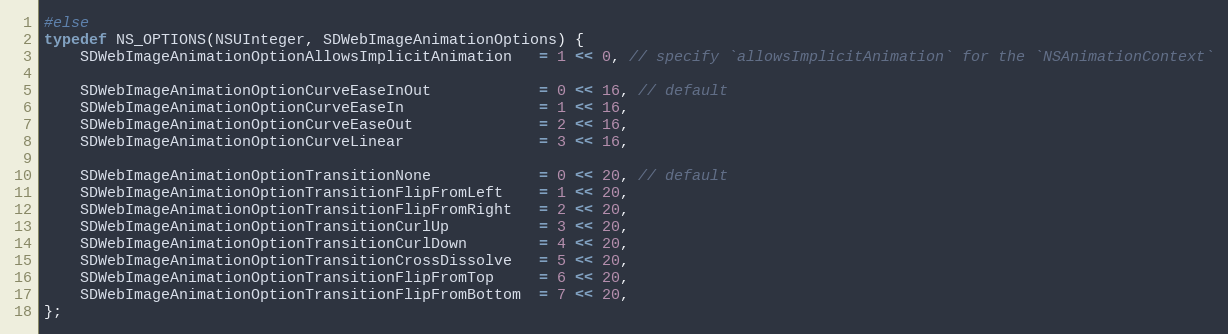
Language: C
#else
typedef NS_OPTIONS(NSUInteger, SDWebImageAnimationOptions) {
    SDWebImageAnimationOptionAllowsImplicitAnimation   = 1 << 0, // specify `allowsImplicitAnimation` for the `NSAnimationContext`

    SDWebImageAnimationOptionCurveEaseInOut            = 0 << 16, // default
    SDWebImageAnimationOptionCurveEaseIn               = 1 << 16,
    SDWebImageAnimationOptionCurveEaseOut              = 2 << 16,
    SDWebImageAnimationOptionCurveLinear               = 3 << 16,

    SDWebImageAnimationOptionTransitionNone            = 0 << 20, // default
    SDWebImageAnimationOptionTransitionFlipFromLeft    = 1 << 20,
    SDWebImageAnimationOptionTransitionFlipFromRight   = 2 << 20,
    SDWebImageAnimationOptionTransitionCurlUp          = 3 << 20,
    SDWebImageAnimationOptionTransitionCurlDown        = 4 << 20,
    SDWebImageAnimationOptionTransitionCrossDissolve   = 5 << 20,
    SDWebImageAnimationOptionTransitionFlipFromTop     = 6 << 20,
    SDWebImageAnimationOptionTransitionFlipFromBottom  = 7 << 20,
};